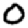
Digit: 0